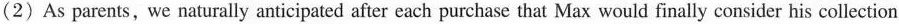
(2) As parents, we naturally anticipated after each purchase that Max would finally consider his colection